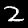
Digit: 2